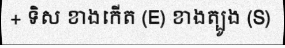
+ ទិស ខាងកើត (E) ខាងត្បូង (S)